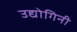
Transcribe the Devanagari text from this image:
उद्योगिनी